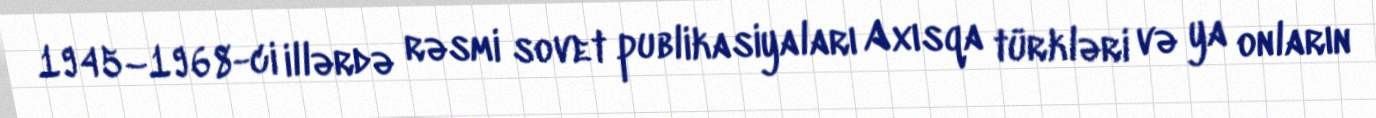
1945–1968-ci illərdə rəsmi sovet publikasiyaları Axısqa türkləri və ya onların